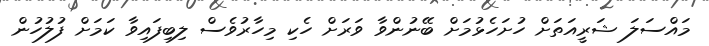
މައްސަލަ ޝަރީއަތަށް ހުށަހެޅުމަށް ބޭނުންވާ ވަރަށް ހެކި މިހާރުވެސް ލިބިފައިވާ ކަމަށް ފުލުހުން